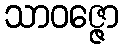
သာဝဇ္ဇော